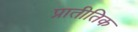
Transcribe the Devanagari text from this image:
प्रातीतिक